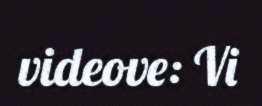
videove: Vi